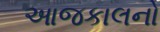
આજકાલનો